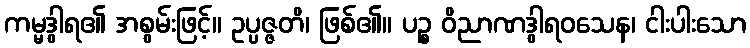
ကမ္မဒွါရ၏ အစွမ်းဖြင့်။ ဥပ္ပဇ္ဇတိ၊ ဖြစ်၏။ ပဉ္စ ဝိညာဏဒွါရဝသေန၊ ငါးပါးသော